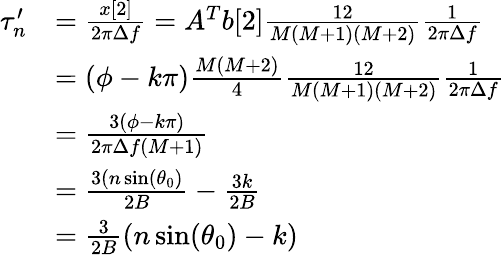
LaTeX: \begin{array}{rl}{\tau_{n}^{\prime}}&{=\frac{x[2]}{2\pi\Delta f}=A^{T}b[2]\frac{12}{M(M+1)(M+2)}\frac{1}{2\pi\Delta f}}\\ &{=(\phi-k\pi)\frac{M(M+2)}{4}\frac{12}{M(M+1)(M+2)}\frac{1}{2\pi\Delta f}}\\ &{=\frac{3(\phi-k\pi)}{2\pi\Delta f(M+1)}}\\ &{=\frac{3(n\sin(\theta_{0})}{2B}-\frac{3k}{2B}}\\ &{=\frac{3}{2B}(n\sin(\theta_{0})-k)}\end{array}